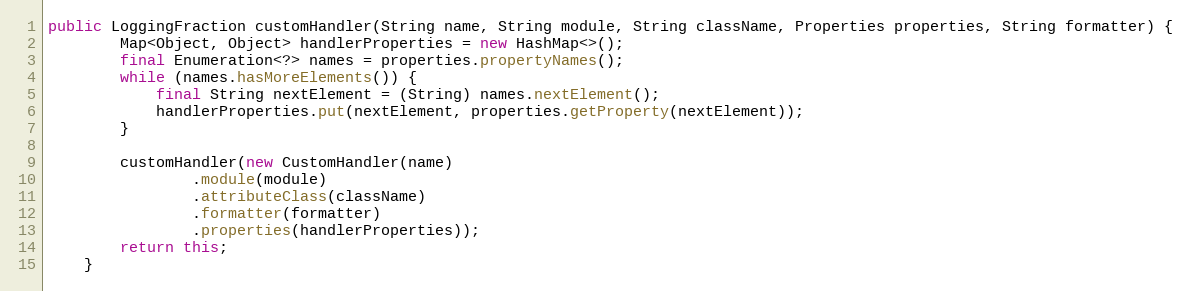
Language: Java
public LoggingFraction customHandler(String name, String module, String className, Properties properties, String formatter) {
        Map<Object, Object> handlerProperties = new HashMap<>();
        final Enumeration<?> names = properties.propertyNames();
        while (names.hasMoreElements()) {
            final String nextElement = (String) names.nextElement();
            handlerProperties.put(nextElement, properties.getProperty(nextElement));
        }

        customHandler(new CustomHandler(name)
                .module(module)
                .attributeClass(className)
                .formatter(formatter)
                .properties(handlerProperties));
        return this;
    }